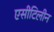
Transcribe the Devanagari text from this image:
एसीटिलीन